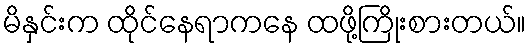
မိနှင်းက ထိုင်နေရာကနေ ထဖို့ကြိုးစားတယ်။